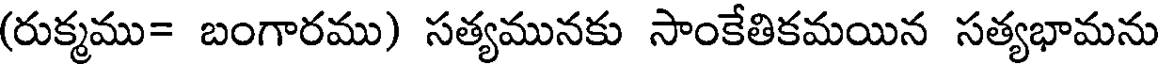
(రుక్మము= బంగారము) సత్యమునకు సాంకేతికమయిన సత్యభామను